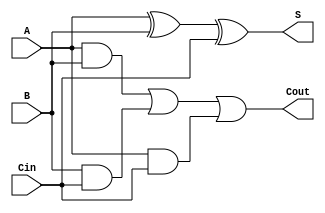
`timescale 1ns / 1ps
`default_nettype none

/* this describes the gate level adder in verlog */

module full_adder(S,Cout,A,B,Cin);

    input wire A,B,Cin; // 1 bitwires
    wire andBCin, andACin, andAB; // this line was missing a&B
    output wire S;
    output wire Cout;
    
    // declaring internal nests
    assign S=A^B^Cin;
    assign andAB = A&B;
    assign andBCin = B&Cin;
    assign andACin = A&Cin;
    
    
    assign Cout = andAB | andBCin | andACin; 
endmodule